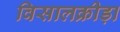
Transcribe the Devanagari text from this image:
विसालक्रीड़ा